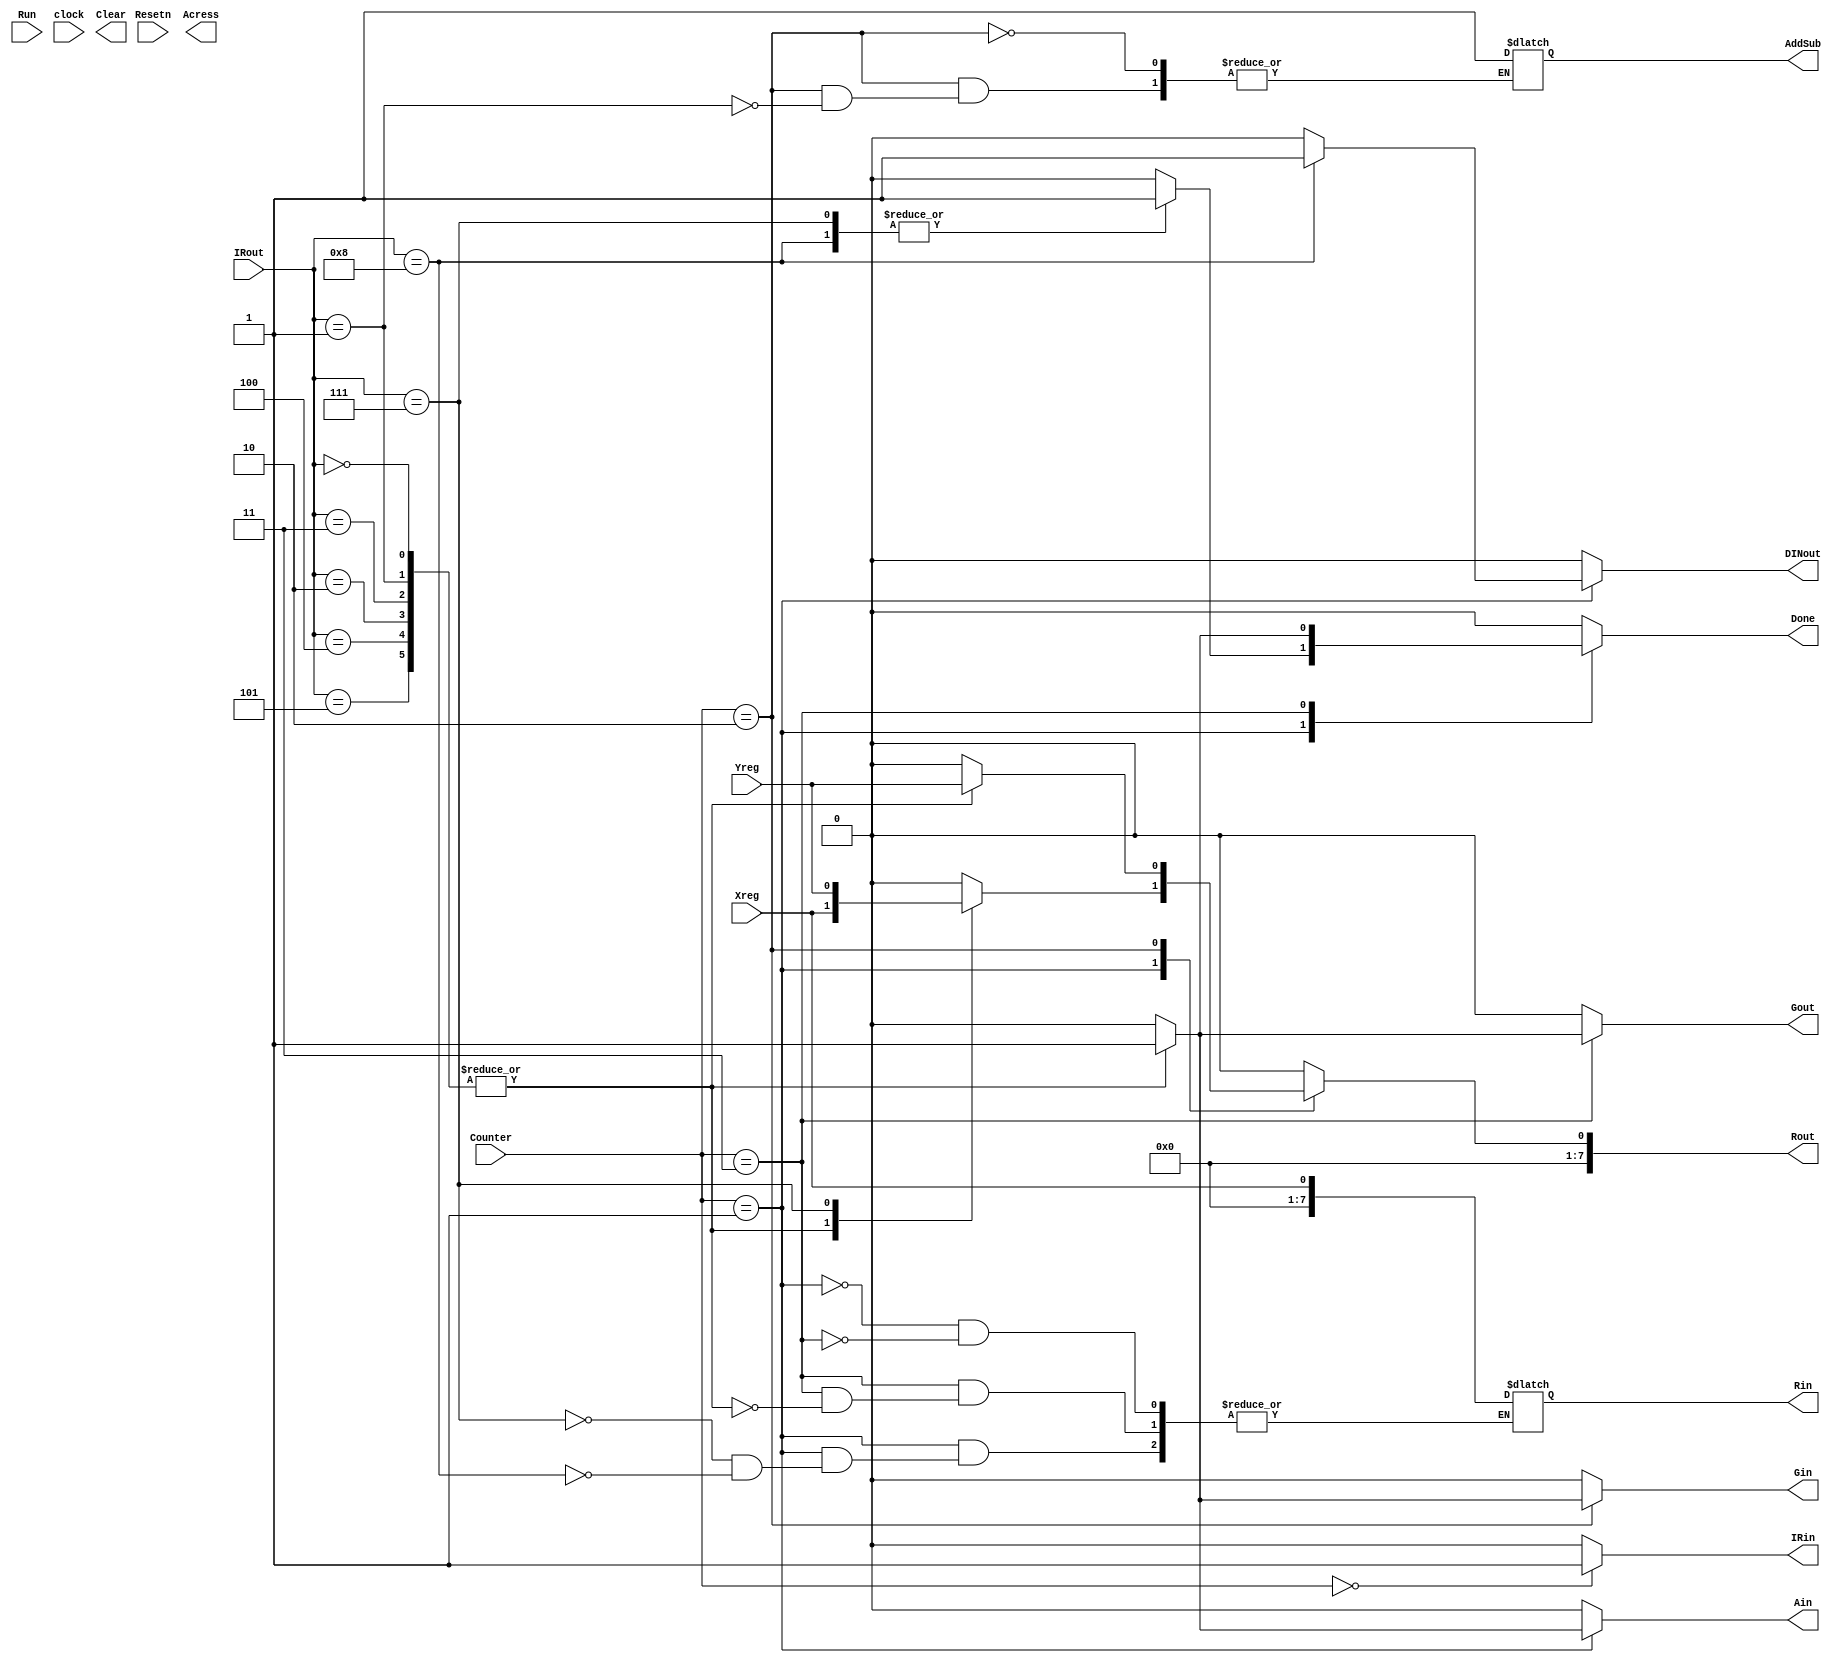
module Unidade_Controle
	(	input Run, Resetn, clock,
		input [2:0] Counter,
		input	Xreg, Yreg,
		input [9:0] IRout,
		
		output reg IRin, Gout, DINout, Ain, Gin, AddSub,
		output reg [7:0] Rin,
		output reg [7:0] Rout,
		output reg Clear, Done, Acress

	);

	parameter add  = 4'b0000; //soma
	parameter sub  = 4'b0001; //sub
	parameter slt  = 4'b0010; //set less then
	parameter sll  = 4'b0011; //shift logic left
	parameter slr  = 4'b0100; //shift logic right
	parameter endi = 4'b0101; //and(&)
	parameter mv   = 4'b0111;
	parameter mvi  = 4'b1000;
	
	always @(Counter or IRout or Xreg or Yreg)
	begin
		
		IRin    = 1'b0;
		Gout    = 1'b0;
		DINout  = 1'b0;
		Ain     = 1'b0;
		Gin     = 1'b0;
		Rout    = 8'b0;
		Done    = 1'b0;
		
		case (Counter) 
			
			3'b000: begin
				IRin = 1'b1;
			end
			
			3'b001: begin // store DIN in IR in time step 0
				case(IRout) 
					add, sub, sll, slt, slr, endi: begin
						Rout = Xreg;
						Ain = 1'b1;
					end
					
					mv: begin
						Rout = Yreg;
						Rin = Xreg;
						Done = 1'b1;
					end
					
					mvi: begin
						DINout = 1'b1;
						Rin = Xreg;
						Done = 1'b1;
					end
				endcase
			end
			
			3'b010: begin //define signals in time step 1
				case(IRout) 
					add, sll, slt, slr, endi: begin
						Rout = Yreg;
						Gin = 1'b1;
					end
					
					sub: begin
						Rout = Yreg;
						Gin = 1'b1;
						AddSub = 1'b1;
					end
					
				endcase
			end
			
			3'b011: begin //define signals in time step 2
				case(IRout) 
					add, sub, sll, slt, slr, endi: begin
						Rin = Xreg;
						Gout = 1'b1;
						Done = 1'b1;
					end
					
				endcase
			end
		endcase
		
	end
endmodule